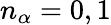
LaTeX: n_{\alpha}=0,1